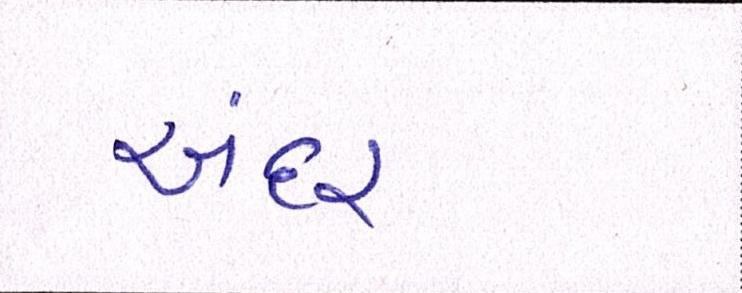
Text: અંદર